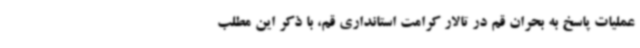
عملیات پاسخ به بحران قم در تالار کرامت استانداری قم، با ذکر این مطلب